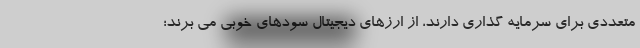
متعددی برای سرمایه گذاری دارند، از ارزهای دیجیتال سودهای خوبی می برند؛